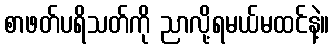
စာဖတ်ပရိသတ်ကို ညာလို့ရမယ်မထင်နဲ့။